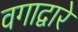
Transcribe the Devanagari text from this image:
वगाद्वारे